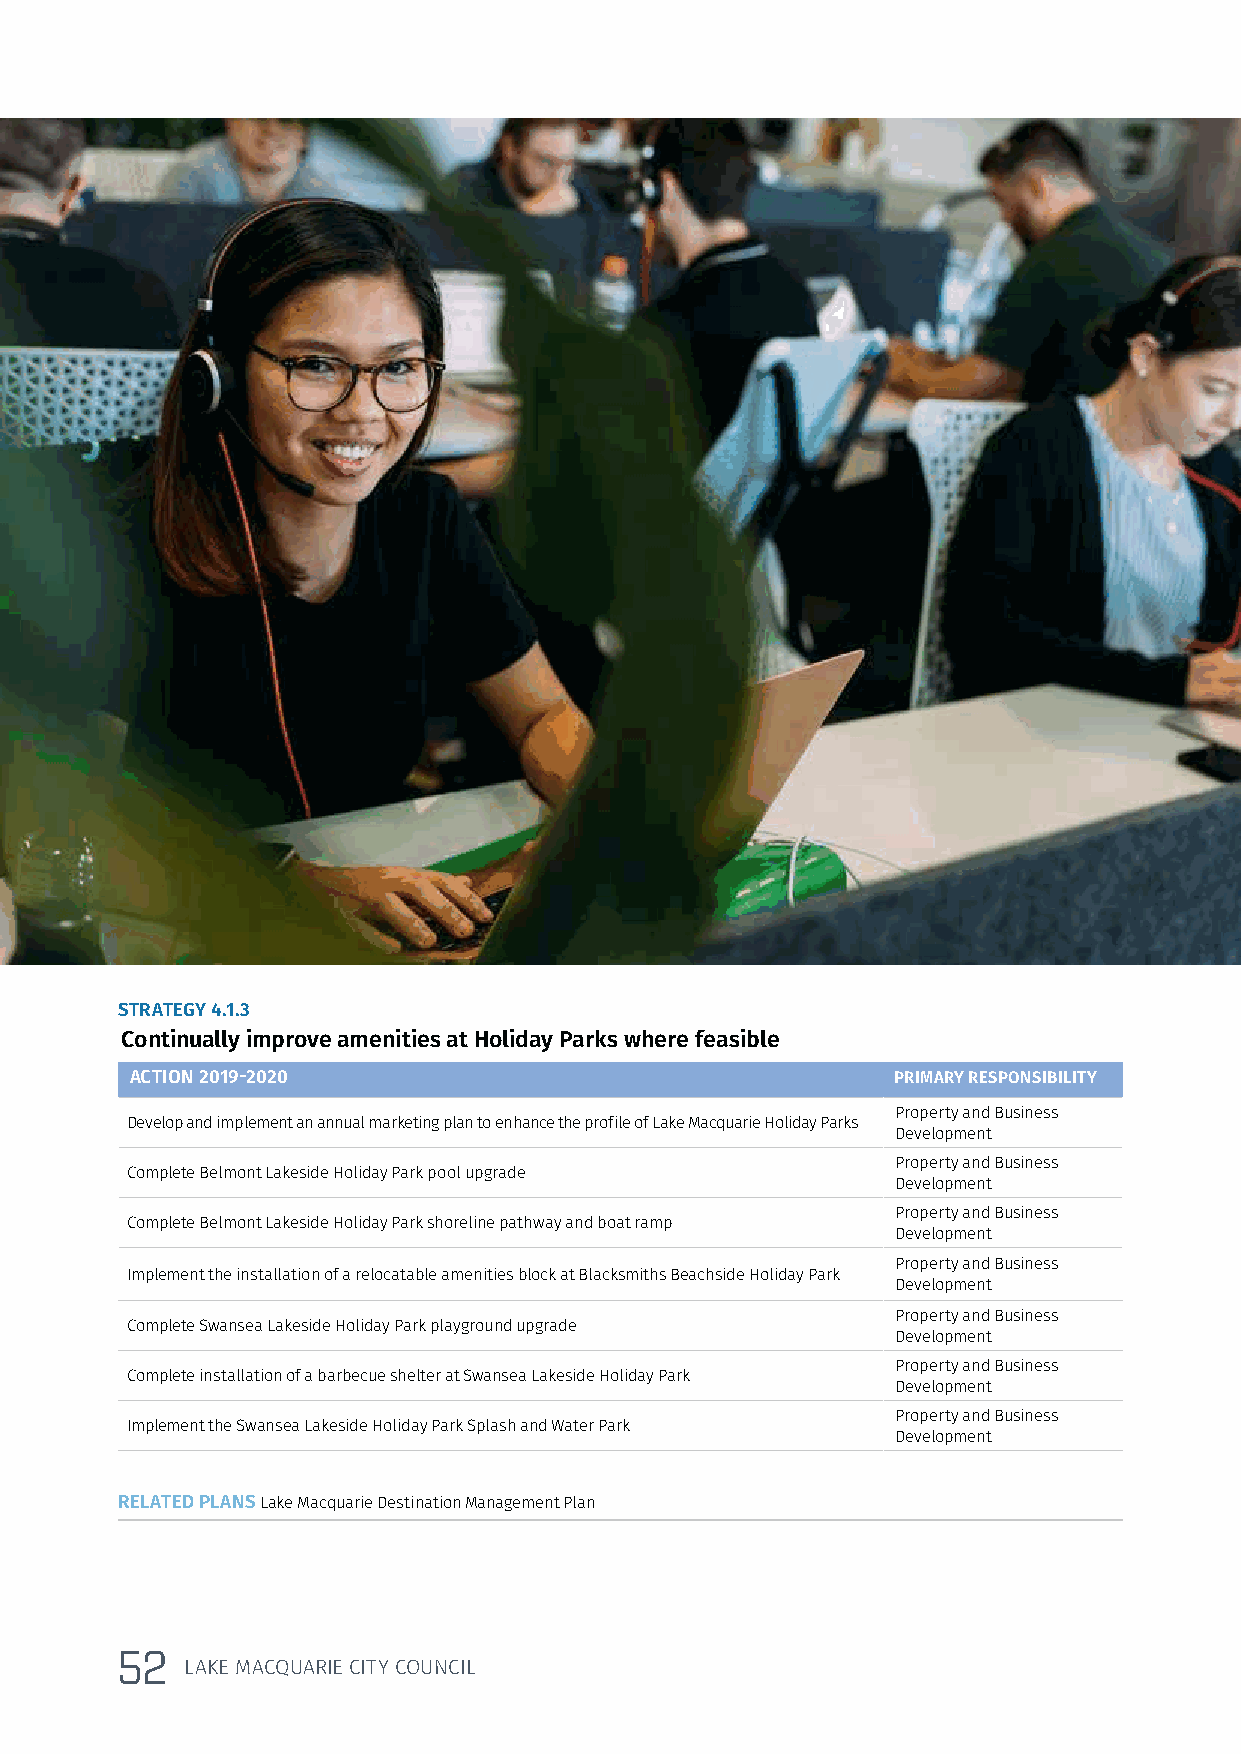
STRATEGY 4.1.3
 Continually improve amenities at Holiday Parks where feasible
 ACTION 2019-2020                                  PRIMARY RESPONSIBILITY
 Property and Business
 Develop and implement an annual marketing plan to enhance the profile of Lake Macquarie Holiday Parks
 Development
 Property and Business
 Complete Belmont Lakeside Holiday Park pool upgrade
 Development
 Property and Business
 Complete Belmont Lakeside Holiday Park shoreline pathway and boat ramp
 Development
 Property and Business
 Implement the installation of a relocatable amenities block at Blacksmiths Beachside Holiday Park
 Development
 Property and Business
 Complete Swansea Lakeside Holiday Park playground upgrade
 Development
 Property and Business
 Complete installation of a barbecue shelter at Swansea Lakeside Holiday Park
 Development
 Property and Business
 Implement the Swansea Lakeside Holiday Park Splash and Water Park
 Development
 RELATED PLANS Lake Macquarie Destination Management Plan
 52
 LAKE MACQUARIE CITY COUNCIL